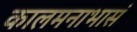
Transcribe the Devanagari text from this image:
कालमनाभासं